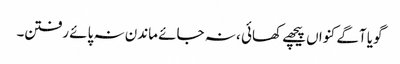
گویا آگے کنواں پیچھے کھائی ، نہ جائے ماندن نہ پائے رفتن۔